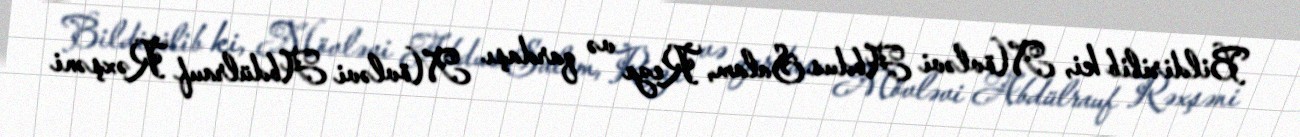
Bildirilib ki, Mövləvi Abdus Salam, Reza və qardaşı Mövləvi Abdülrauf Rəxşəni